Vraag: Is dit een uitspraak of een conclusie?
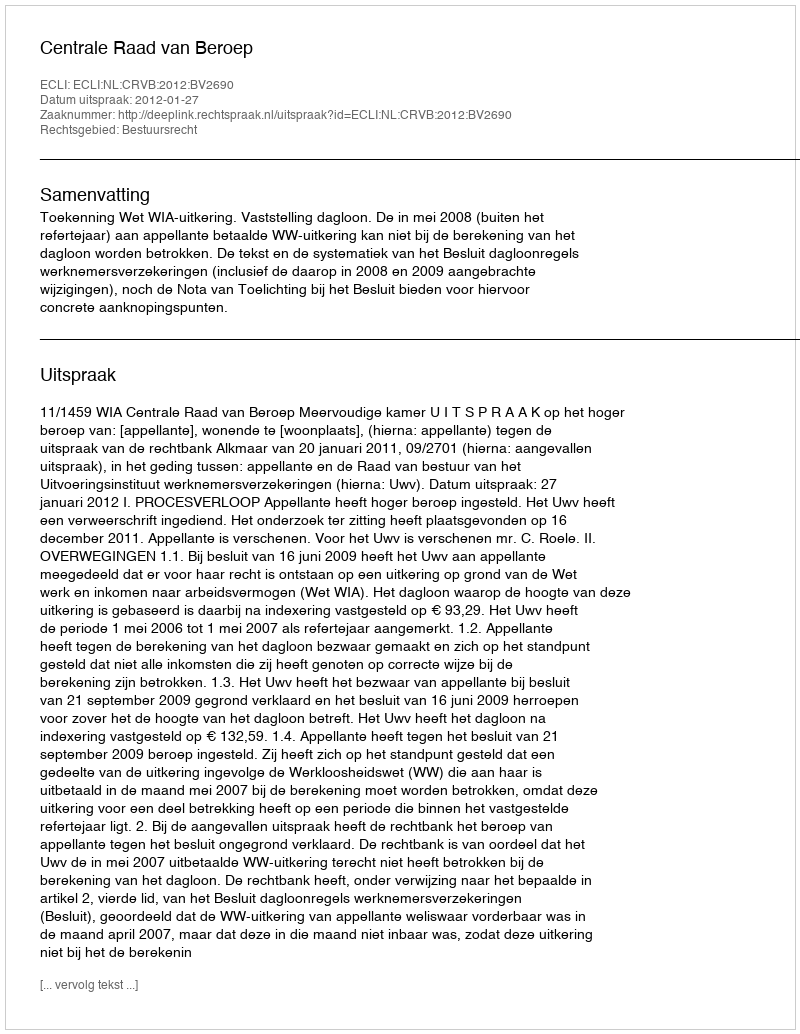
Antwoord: Uitspraak